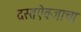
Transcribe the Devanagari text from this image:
दस्तऐवजाचा